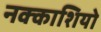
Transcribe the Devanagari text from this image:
नक्‍काशियो